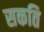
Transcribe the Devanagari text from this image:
सकति